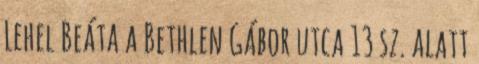
Lehel Beáta a Bethlen Gábor utca 13 sz. alatt